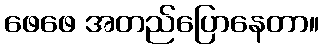
ဖေဖေ အတည်ပြောနေတာ။